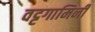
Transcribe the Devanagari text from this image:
वट्टगामिनी